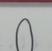
Signature authenticity: forged